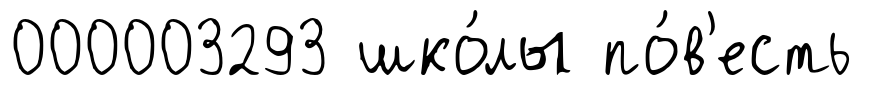
000003293 шко́лы по́в'есть